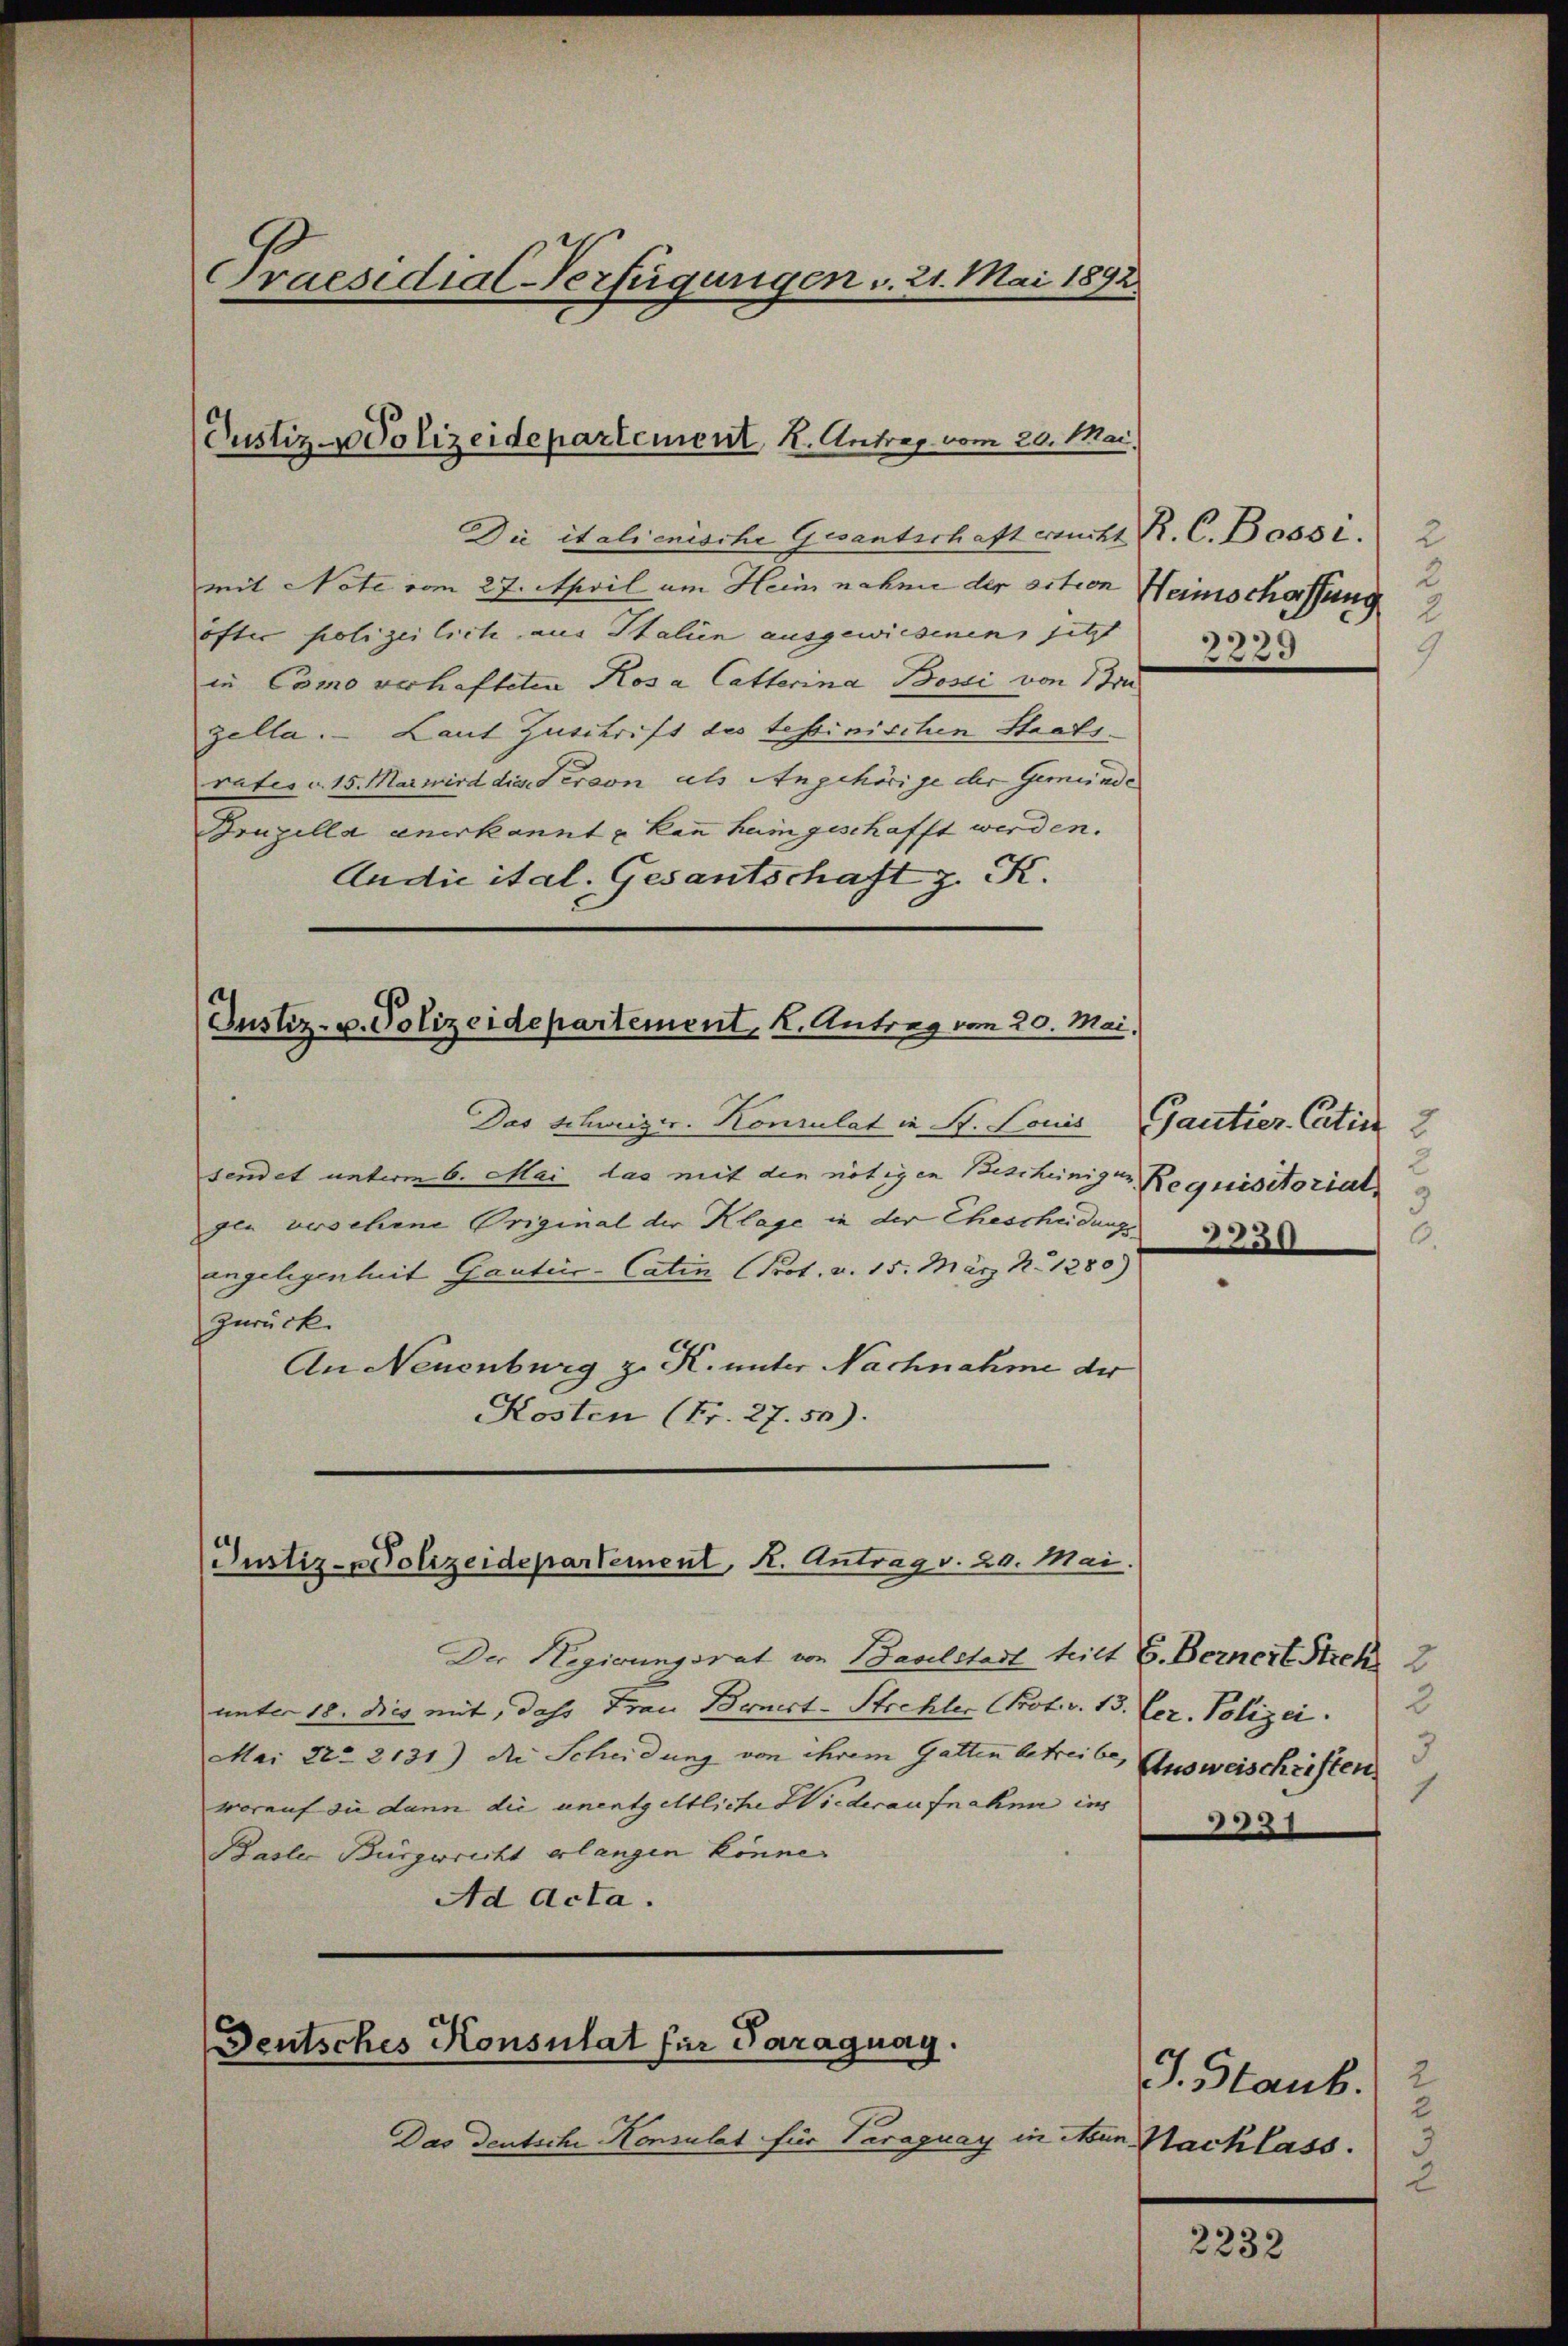
Praesidial-Verfügungen v. 21. Mai 1892.

Justiz-Polizeidepartement, K. Antrag vom 20. Mai,

Die italienische Gesantschaft ersucht R. C. Bossi. 2
mit Note vom 27. April um Heim nahme der action Heimschaffung
öfter polizeilich aus Italien ausgewiesenen jetzt
in Como verhafteten Rosa Catterina Bossi von Bru
zella. Laut Zuschrift des tessinischen Staats-
rates v. 15. Mai wird die Person als Angehörige der Gemünde
Bruzella anerkannt & kann hain geschafft werden.
Andie ital. Gesantschaft z. K.

Justiz- u. Polizeidepartement, K. Antrag vom 20. Mai,

Das Schweizer. Konsulat in St. Louis
sendet unterm 6. Mai das mit den nötigen Bescheinigen Requisitoriat,
gen verschine Original der Klage in der Ehescheidungs
uangelegenheit Gantier-Catin (Prot. v. 15. März No. 1280)
zurück.
An Neuenburg z. K. unter Nachnahme der
Kosten (Fr. 27. 50).

Justiz-Polizeidepartement, K. Antrag v. 20. Mai

Der Regierungsrat von Baselstadt teilt G. Bernert Stich 2
unter 18. dies mit, dass Frau Bernict-Strehler Prot. v. 13. Fer. Polizei
Mai No 2131) die Scheidung von ihrem Gatten betreibe,
worauf sie dann die unentgeltliche Wiederaufnahme ins
Basler Bürgericht erlangen könne.
Ad Acta.

Deutsches Konsulat für Paraguay.

Das deutsche Konsulat für Paraguay in Nur Nachlass.3

1
9
2239

Gantier-Contin
5
6.
3330

3
Ausweischriften.
1

J. Staub. 2
2
2

2232